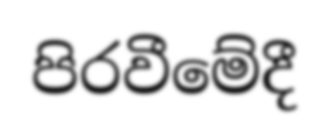
පිරවීමේදී